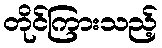
တိုင်ကြားသည့်